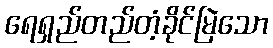
ရေရှည်တည်တံ့ခိုင်မြဲသော